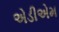
એડીએમ